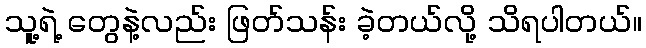
သူ့ရဲ့ တွေနဲ့လည်း ဖြတ်သန်း ခဲ့တယ်လို့ သိရပါတယ်။